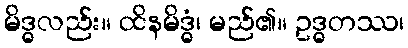
မိဒ္ဓလည်း။ ထိနမိဒ္ဓံ၊ မည်၏။ ဥဒ္ဓတဿ၊